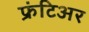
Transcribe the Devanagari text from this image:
फ्रंटिअर